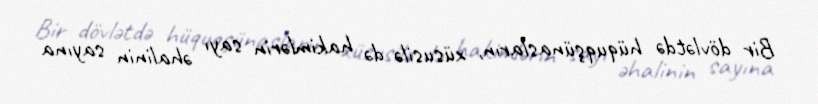
Bir dövlətdə hüquqşünasların, xüsusilə də hakimlərin sayı əhalinin sayına